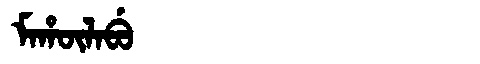
Manchu: ᠮᠠᡥᡡᠯᠠᠪᡠ
Romanization: MAHŪLABU